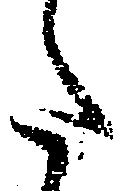
た